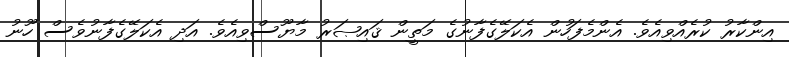
އިންކާރު ކުރެއްވިއެވެ. އެންމެފަހުން އެކަލޭގެފާނުގެ މަތީން ޤައިޞަރު މާޔޫސްވިއެވެ. އަދި އެކަލޭގެފާނުވެސް ހޫނު